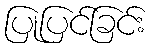
ပြုပြင်ခြင်း